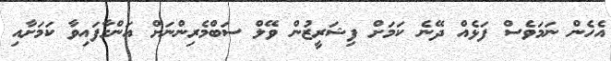
އެހެން ނަމަވެސް ފަޅެއް ދޭނެ ކަމަށް ފިޝަރީޒުން ވޭލް ސަބްމެރިންނަށް އަންގާފައިވާ ކަމަށާއި